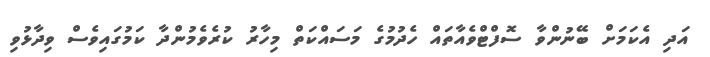
އަދި އެކަމަށް ބޭނުންވާ ސޮފްޓްވެއާތައް ހެދުމުގެ މަސައްކަތް މިހާރު ކުރެވެމުންދާ ކަމުގައިވެސް ވިދާޅުވި